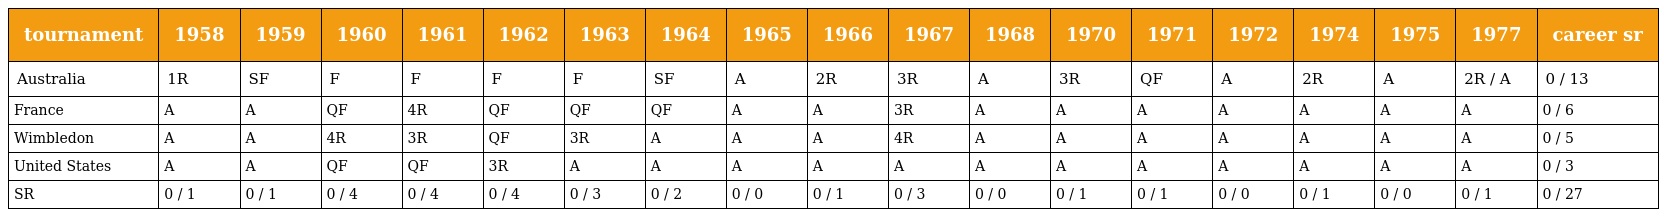
| tournament | 1958 | 1959 | 1960 | 1961 | 1962 | 1963 | 1964 | 1965 | 1966 | 1967 | 1968 | 1970 | 1971 | 1972 | 1974 | 1975 | 1977 | career sr |
 | --- | --- | --- | --- | --- | --- | --- | --- | --- | --- | --- | --- | --- | --- | --- | --- | --- | --- | --- |
 | Australia | 1R | SF | F | F | F | F | SF | A | 2R | 3R | A | 3R | QF | A | 2R | A | 2R / A | 0 / 13 |
 | France | A | A | QF | 4R | QF | QF | QF | A | A | 3R | A | A | A | A | A | A | A | 0 / 6 |
 | Wimbledon | A | A | 4R | 3R | QF | 3R | A | A | A | 4R | A | A | A | A | A | A | A | 0 / 5 |
 | United States | A | A | QF | QF | 3R | A | A | A | A | A | A | A | A | A | A | A | A | 0 / 3 |
 | SR | 0 / 1 | 0 / 1 | 0 / 4 | 0 / 4 | 0 / 4 | 0 / 3 | 0 / 2 | 0 / 0 | 0 / 1 | 0 / 3 | 0 / 0 | 0 / 1 | 0 / 1 | 0 / 0 | 0 / 1 | 0 / 0 | 0 / 1 | 0 / 27 |